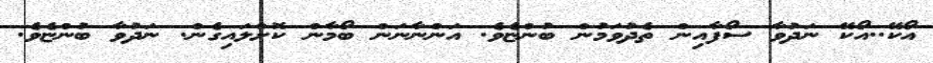
އޯކޭ..އޯކޭ ނަދުވާ ސޯފާއިން ތެދުވަމުން ބުންޏެވެ. އަންނާނަން ބޯމާން ކޮށްލައިގެން. ނަދުވާ ބުންޏެވެ.